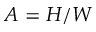
A = H / W